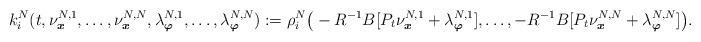
LaTeX: \begin{align*}k_i^N(t,\nu^{N,1}_{\boldsymbol{x}},\ldots,\nu^{N,N}_{\boldsymbol{x}},\lambda^{N,1}_{\boldsymbol{\varphi}},\ldots,\lambda^{N,N}_{\boldsymbol{\varphi}}):=\rho_i^N\big(-R^{-1}B[P_t\nu^{N,1}_{\boldsymbol{x}}+\lambda^{N,1}_{\boldsymbol{\varphi}}],\ldots,-R^{-1}B[P_t\nu^{N,N}_{\boldsymbol{x}}+\lambda^{N,N}_{\boldsymbol{\varphi}}]\big).\end{align*}